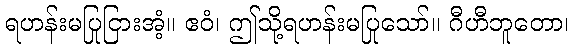
ရဟန်းမပြုငြားအံ့။ ဧဝံ၊ ဤသို့ရဟန်းမပြုသော်။ ဂီဟီဘူတော၊